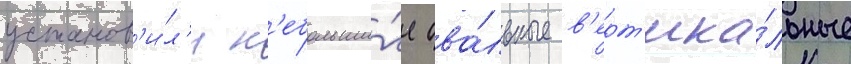
установ'и́л'и н'ебольши́е ова́льные в'ерт'ика́льные